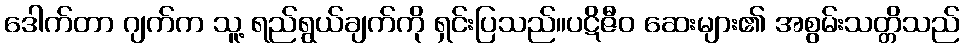
ဒေါက်တာ ဂျက်က သူ့ ရည်ရွယ်ချက်ကို ရှင်းပြသည်။ပဋိဇီဝ ဆေးများ၏ အစွမ်းသတ္တိသည်